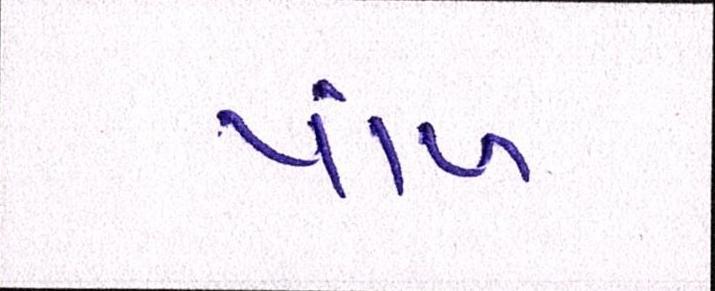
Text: પાંખ